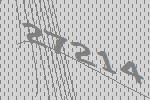
27214